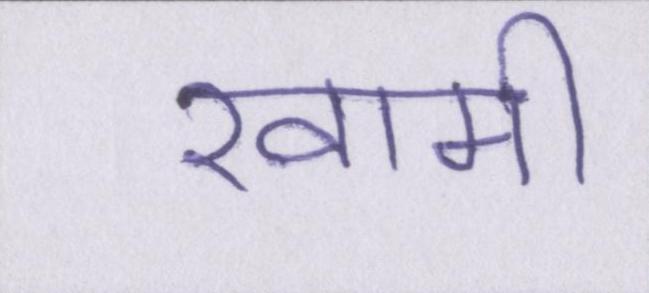
खामी